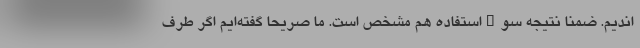
اندیم. ضمنا نتیجه سوءاستفاده هم مشخص است. ما صریحا گفته‌ایم اگر طرف